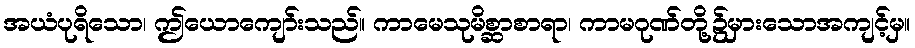
အယံပုရိသော၊ ဤယောကျော်းသည်။ ကာမေသုမိစ္ဆာစာရာ၊ ကာမဂုဏ်တို့၌မှားသောအကျင့်မှ။